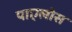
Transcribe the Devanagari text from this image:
पाएलोस